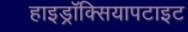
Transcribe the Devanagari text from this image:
हाइड्रॉक्सियापटाइट